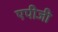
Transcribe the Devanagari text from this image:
एपीजी